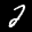
Label: 2